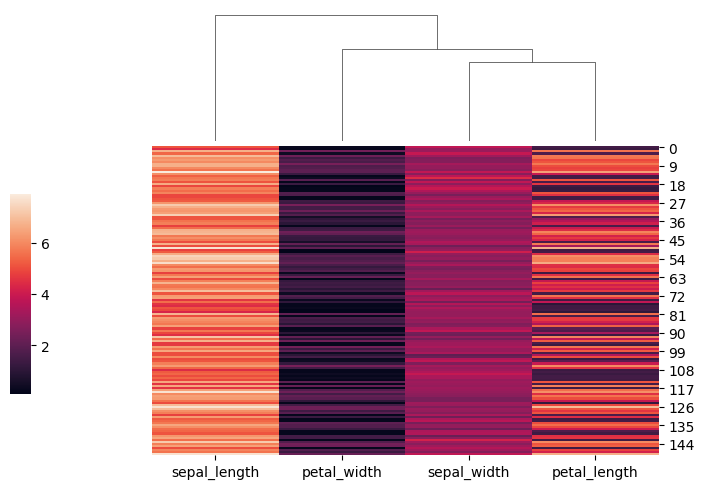
python, seaborn, clustermap, figsize=(7, 5), row_cluster=False, dendrogram_ratio=(0.2, 0.3), cbar_pos=(0, 0.2, 0.03, 0.4)